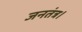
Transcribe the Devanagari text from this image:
जनतंत्र।